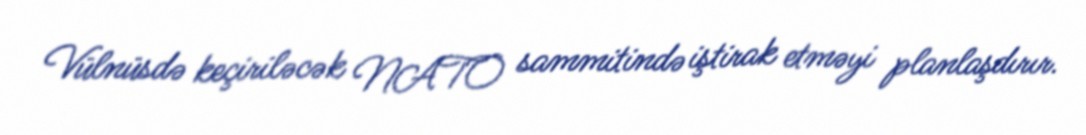
Vülnüsdə keçiriləcək NATO sammitində iştirak etməyi planlaşdırır.